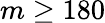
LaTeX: m\ge 180